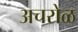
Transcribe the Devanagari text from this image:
अचरोळ